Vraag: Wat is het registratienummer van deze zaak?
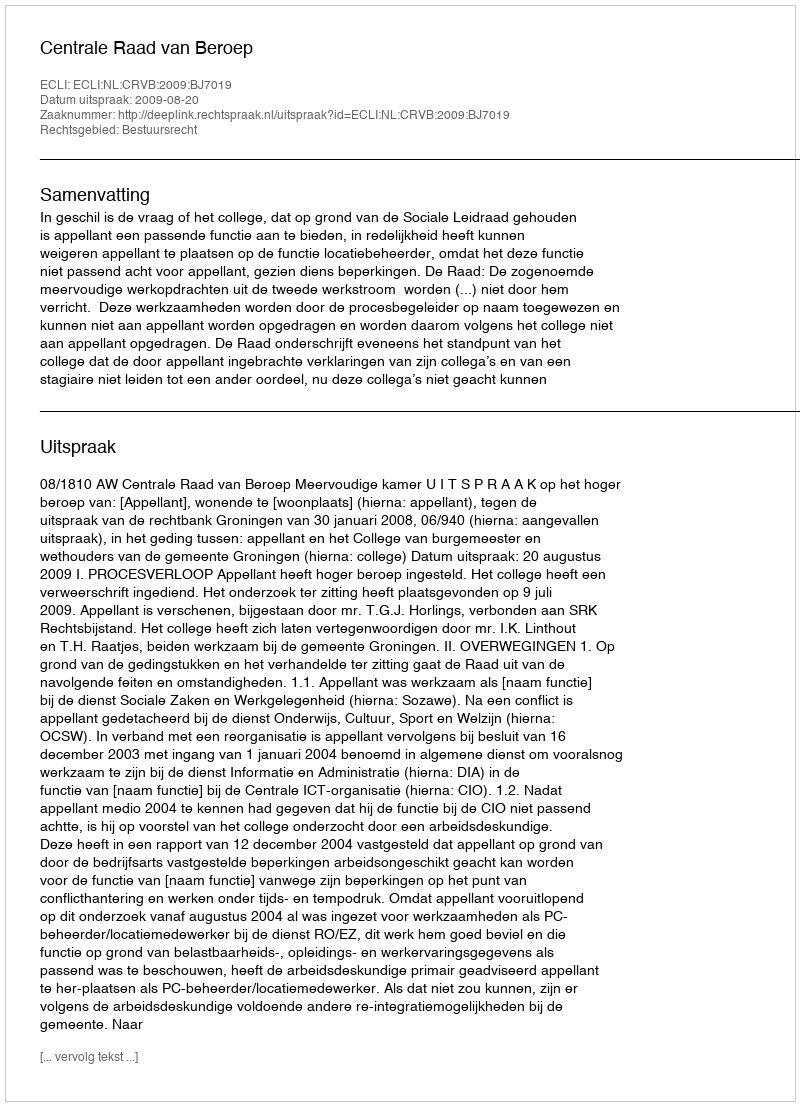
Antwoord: http://deeplink.rechtspraak.nl/uitspraak?id=ECLI:NL:CRVB:2009:BJ7019